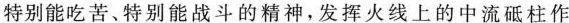
特别能吃苦、特别能战斗的精神，发挥火线上的中流砥柱